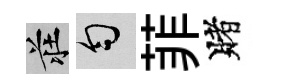
莊匀菲賭